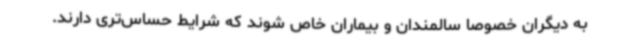
به دیگران خصوصاً سالمندان و بیماران خاص شوند که شرایط حساس‌تری دارند.